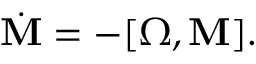
\begin{array} { r } { \dot { \bf M } = - [ { \boldsymbol \Omega } , { \bf M } ] . } \end{array}